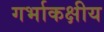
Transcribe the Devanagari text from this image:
गर्भाकक्षीय